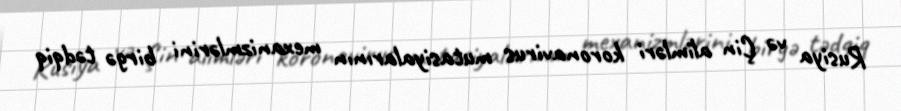
Rusiya və Çin alimləri koronavirus mutasiyalarının mexanizmlərini birgə tədqiq